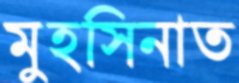
মুহসিনাত